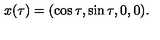
x ( \tau ) = ( \cos \tau , \sin \tau , 0 , 0 ) .